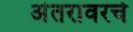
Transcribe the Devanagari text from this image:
अंतरावरचे